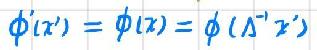
\(\phi'(x') = \phi(x)=\phi(\Lambda^{-1}x')\)